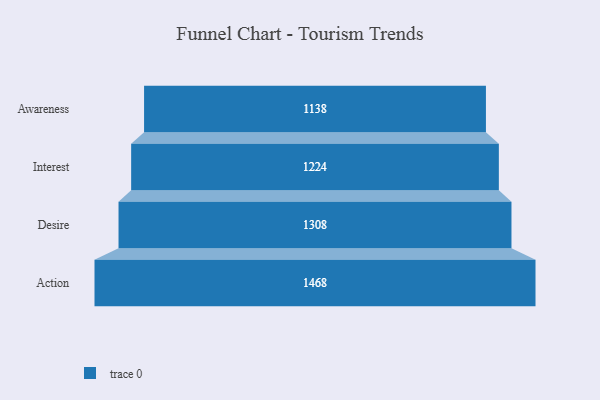
{"axis": {"x": "Stage", "y": "Value"}, "legend": [""], "data": [{"x": "Awareness", "y": 1138.0, "type": ""}, {"x": "Interest", "y": 1224.0, "type": ""}, {"x": "Desire", "y": 1308.0, "type": ""}, {"x": "Action", "y": 1468.0, "type": ""}]}